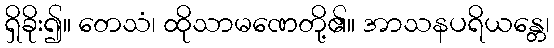
ရှိခိုး၍။ တေသံ၊ ထိုသာမဏေတို့၏။ အာသနပရိယန္တေ၊